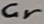
Text: Cr